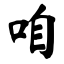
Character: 咱